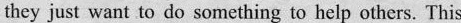
they just want to do something to help others. This